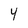
Character: Y